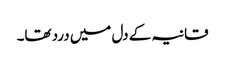
قانیہ کے دل میں درد تھا۔